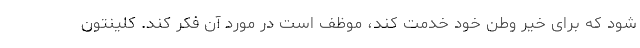
شود که برای خیر وطن خود خدمت کند، موظف است در مورد آن فکر کند. کلینتون